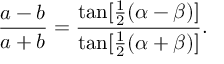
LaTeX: { \frac { a - b } { a + b } } = { \frac { \tan [ { \frac { 1 } { 2 } } ( \alpha - \beta ) ] } { \tan [ { \frac { 1 } { 2 } } ( \alpha + \beta ) ] } } .